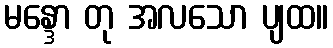
မန္ဒော တု အလသော ပျထ။